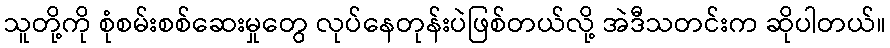
သူတို့ကို စုံစမ်းစစ်ဆေးမှုတွေ လုပ်နေတုန်းပဲဖြစ်တယ်လို့ အဲဒီသတင်းက ဆိုပါတယ်။